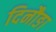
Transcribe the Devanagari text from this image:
दिनौङा